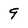
Character: 9